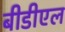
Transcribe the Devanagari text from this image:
बीडीएल